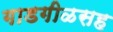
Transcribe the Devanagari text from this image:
गाडगीळसह